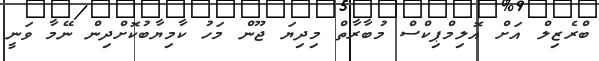
ބްރެޒިލް އަށް އޮލިމްޕިކްސް މުބާރާތް މިދިޔަ ޖޫން މަހު ކާމިޔާބުކޮށްދިން ނޭމާ ވަނީ